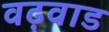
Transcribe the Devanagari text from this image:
वढ़वाड